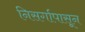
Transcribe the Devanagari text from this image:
निसर्गापासून